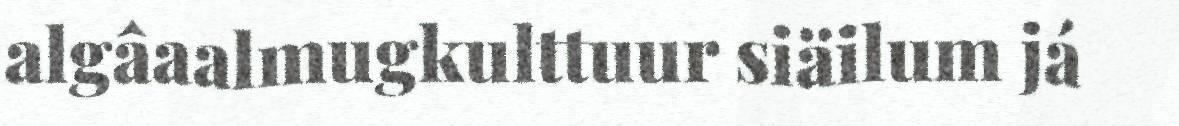
algâaalmugkulttuur siäilum já